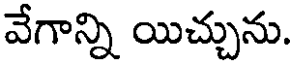
వేగాన్ని యిచ్చును.